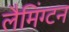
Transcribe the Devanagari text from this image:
लैमिंग्टन